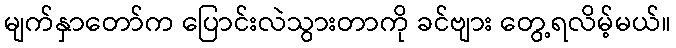
မျက်နှာတော်က ပြောင်းလဲသွားတာကို ခင်ဗျား တွေ့ရလိမ့်မယ်။